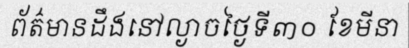
ព័ត៌មានដឹងនៅល្ងាចថ្ងៃទី៣០ ខែមីនា